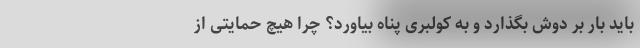
باید بار بر دوش بگذارد و به کولبری پناه بیاورد؟ چرا هیچ حمایتی از